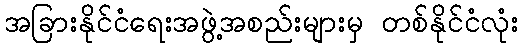
အခြားနိုင်ငံရေးအဖွဲ့အစည်းများမှ တစ်နိုင်ငံလုံး